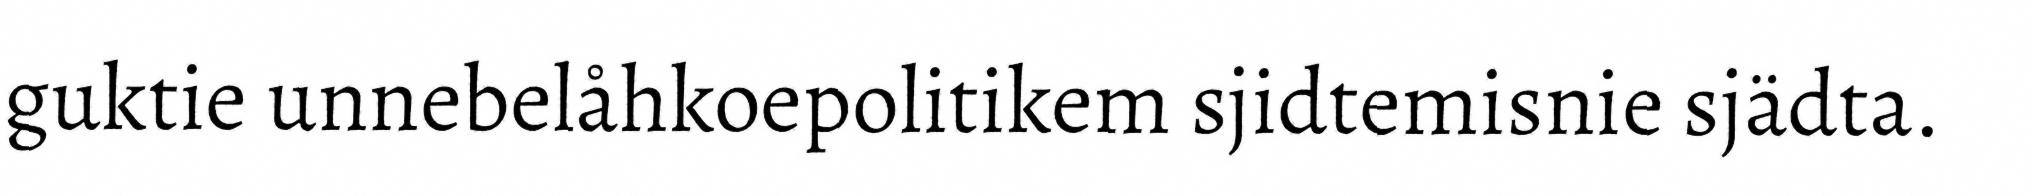
guktie unnebelåhkoepolitikem sjidtemisnie sjädta.